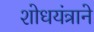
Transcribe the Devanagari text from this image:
शोधयंत्राने